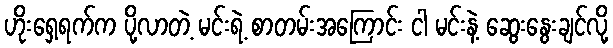
ဟိုးရှေ့ရက်က ပို့လာတဲ့ မင်းရဲ့ စာတမ်းအကြောင်း ငါ မင်းနဲ့ ဆွေးနွေးချင်လို့